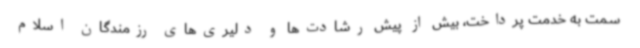
سمت به خدمت پرداخت، بیش از پیش رشادت‌ها و دلیری‌های رزمندگان اسلام